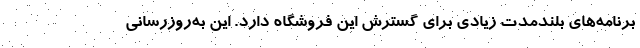
برنامه‌های بلندمدت زیادی برای گسترش این فروشگاه دارد. این به‌روزرسانی